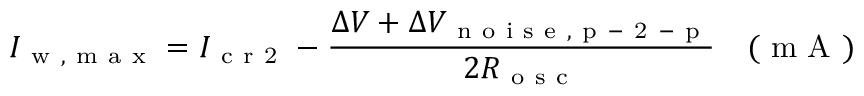
I _ { \mathrm { ~ w ~ , ~ m ~ a ~ x ~ } } = I _ { \mathrm { ~ c ~ r ~ 2 ~ } } - \frac { \Delta V + \Delta V _ { \mathrm { ~ n ~ o ~ i ~ s ~ e ~ , ~ p ~ - ~ 2 ~ - ~ p ~ } } } { 2 R _ { \mathrm { ~ o ~ s ~ c ~ } } } \quad ( \mathrm { ~ m ~ A ~ } )